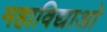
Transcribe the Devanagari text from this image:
महाविद्याओ